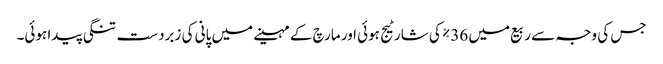
جس کی وجہ سے ربیع میں 36% کی شارٹیج ہوئی اور مارچ کے مہینے میں پانی کی زبردست تنگی پیدا ہوئی۔